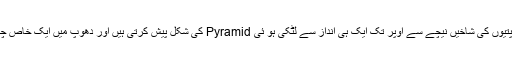
اس کی گہری سبز پتیوں کی شاخیں نیچے سے اوپر تک ایک ہی انداز سے لٹکی ہو ئی Pyramid کی شکل پیش کرتی ہیں اور دھوپ میں ایک خاص چمک پیدا کرتی ہیں ۔